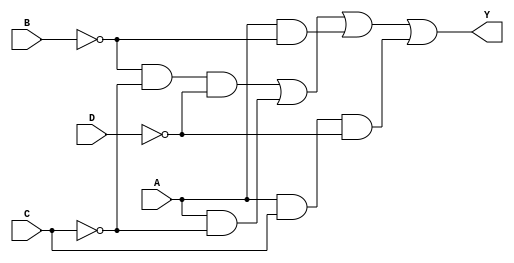
module gateLevel(input wire A, B, C, D, output Y);

	wire w2, w3, w4, w5, w6, w7, w8;
	not (w2, B);
	not (w3, C);
	not (w4, D);
	and (w5, w2, w3, w4);
	and (w6, A, w3);
	and (w7, A, w2);
	and (w8, A, C, w4);
	or (Y, w5, w6, w7, w8);
	
endmodule

module operadores(input wire A, B, C, D, output Y);

	assign Y=(~B&~C&~D) | (A&~C) | (A&~B) | (A&C&~D);
	
endmodule